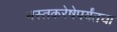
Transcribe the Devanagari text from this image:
मस्तकरेषेपर्यंतचा